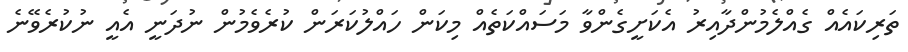
ތަރިކައެއް ގެއްލެމުންދާއިރު އެކަށީގެންވާ މަސައްކަތެއް މިކަން ހައްލުކަރަން ކުރެވެމުން ނުދަނީ އެއީ ނުކުރެވޭނެ